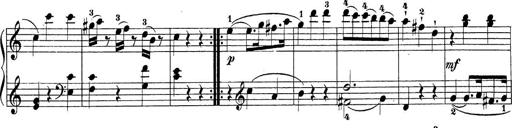
Title: Sonatina Album
Composer: Louis KÃ¶hler